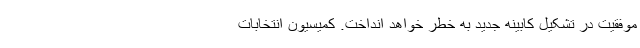
موفقیت در تشکیل کابینه جدید به خطر خواهد انداخت. کمیسیون انتخابات